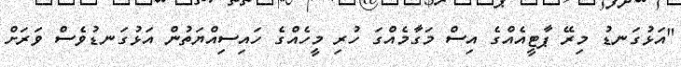
"އަޅުގަނޑު މިރޭ ޕާޓީއެއްގެ އިސް މަގާމެއްގަ ހުރި މީހެއްގެ ހައިސިއްޔަތުން އަޅުގަނޑުވެސް ވަރަށް